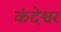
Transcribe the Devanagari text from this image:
कंदेश्वर